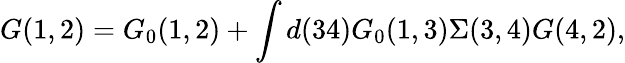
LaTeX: G(1,2)=G_{0}(1,2)+\int d(34)G_{0}(1,3)\Sigma(3,4)G(4,2),